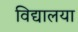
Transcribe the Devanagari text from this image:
विद्यालया